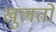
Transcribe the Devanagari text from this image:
खुलतो